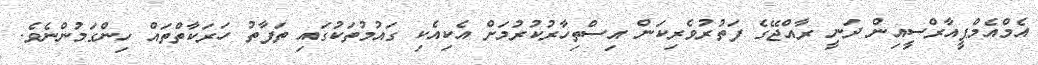
އެމްއެމްޕީއާރްސީއިން ދަނީ ރާއްޖޭގެ ފަތުރުވެރިކަން އިސްތިހާރުކުރުމަށް އެކިއެކި ގައުމުތަކުގައި ތަފާތު ހަރަކާތްތައް ހިންގަމުންނެވެ.